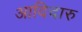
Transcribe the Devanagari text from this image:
आदिदारु